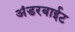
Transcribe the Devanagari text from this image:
अंडरबाईट